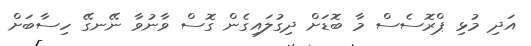
އަދި މުޅި ޕްރޮސެސް މާ ބޮޑަށް ދިގުލައިގެން ގޮސް ވާނުވާ ނޭނގޭ ހިސާބަށް